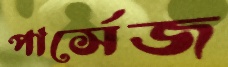
পার্সেজ